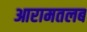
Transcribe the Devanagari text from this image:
आरामतलब